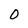
Character: O